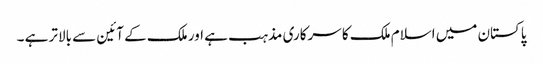
پاکستان میں اسلام ملک کا سرکاری مذہب ہے اور ملک کے آئین سے بالاتر ہے ۔